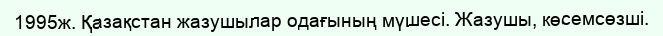
1995ж. Қазақстан жазушылар одағының мүшесі. Жазушы, көсемсөзші.